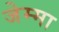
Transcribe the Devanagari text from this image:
जेम्मा